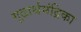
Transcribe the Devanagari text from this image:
गूढार्थमंद्रिका